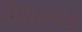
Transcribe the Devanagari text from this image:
मिसरूड